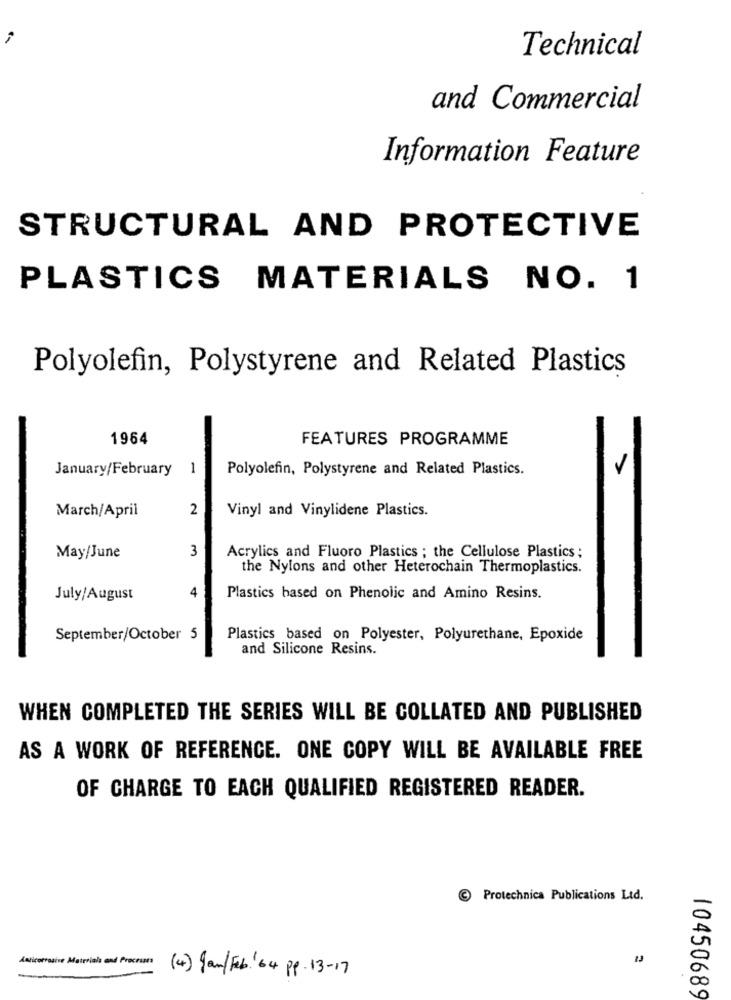
Technical
and Commercial
Information Feature
STRUCTURAL AND PROTECTIVE
PLASTICS MATERIALS NO. 1
Polyolefin, Polystyrene and Related Plastics
1964
FEATURES PROGRAMME
January/February 1
Polyolefin, Polystyrene and Related Plastics.
March/April
2
Vinyl and Vinylidene Plastics.
3
May/June
Acrylics and Fluoro Plastics ; the Cellulose Plastics ;
the Nylons and other Heterochain Thermoplastics.
4
July/August
Plastics based on Phenolic and Amino Resins.
September/October 5
Plastics based on Polyester, Polyurethane, Epoxide
and Silicone Resins.
WHEN COMPLETED THE SERIES WILL BE COLLATED AND PUBLISHED
AS A WORK OF REFERENCE. ONE COPY WILL BE AVAILABLE FREE
OF CHARGE TO EACH QUALIFIED REGISTERED READER.
Protechnica Publications Ltd.
Anticorrosive Materials and Procrises
13
(4) Jan/Feb! 64 pp. 13-17
10450689